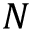
N